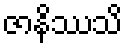
ဇာနိဿသိ